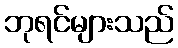
ဘုရင်များသည်